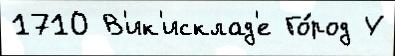
1710 В'ик'исклад'е Го́род У